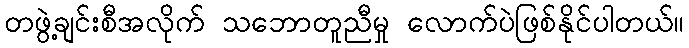
တဖွဲ့ချင်းစီအလိုက် သဘောတူညီမှု လောက်ပဲဖြစ်နိုင်ပါတယ်။